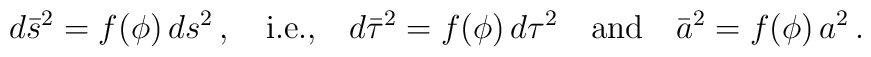
d \bar{s}^2 = f(\phi)\, ds^2 \,,\quad \hbox{i.e.,} \quad d\bar{\tau}^2= f(\phi)\, d\tau^2 \quad \hbox{and} \quad \bar{a}^2 = f(\phi)\, a^2\,.